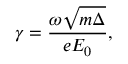
\gamma = \frac { \omega \sqrt { m \Delta } } { e E _ { 0 } } ,